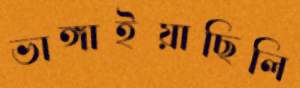
ভাঙ্গাইয়াছিলি